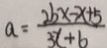
a = \frac { 2 b x - x + 5 } { 3 x + b }